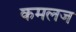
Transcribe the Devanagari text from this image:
कमलज